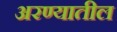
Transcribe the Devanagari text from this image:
अरण्यातील